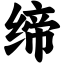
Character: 缔